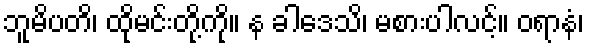
ဘူမိပတိ၊ ထိုမင်းတို့ကို။ န ခါဒေသိ၊ မစားပါလင့်။ ဝရာနံ၊